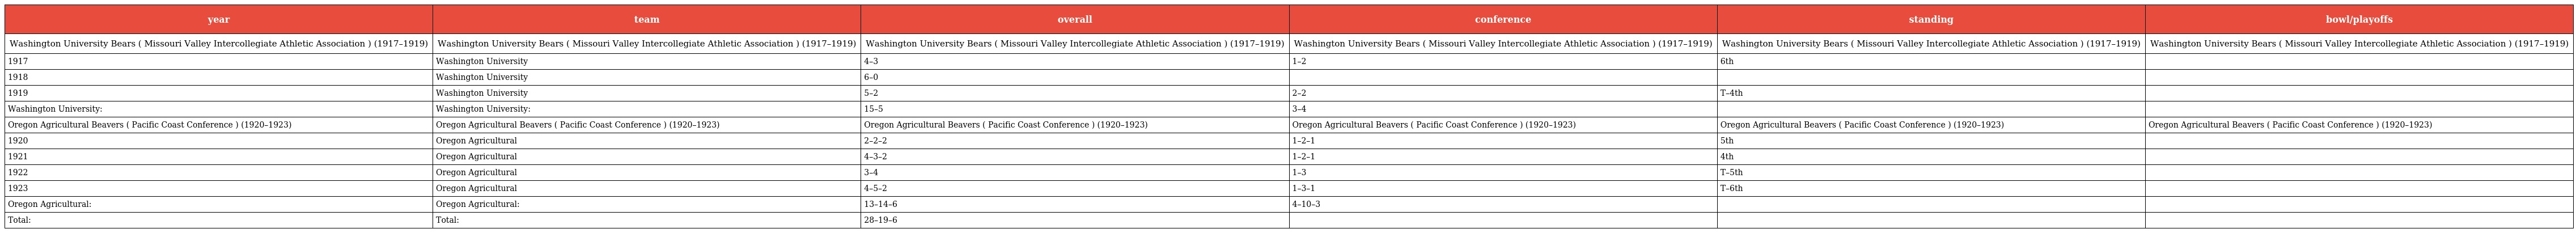
| year | team | overall | conference | standing | bowl/playoffs |
 | --- | --- | --- | --- | --- | --- |
 | Washington University Bears ( Missouri Valley Intercollegiate Athletic Association ) (1917–1919) | Washington University Bears ( Missouri Valley Intercollegiate Athletic Association ) (1917–1919) | Washington University Bears ( Missouri Valley Intercollegiate Athletic Association ) (1917–1919) | Washington University Bears ( Missouri Valley Intercollegiate Athletic Association ) (1917–1919) | Washington University Bears ( Missouri Valley Intercollegiate Athletic Association ) (1917–1919) | Washington University Bears ( Missouri Valley Intercollegiate Athletic Association ) (1917–1919) |
 | 1917 | Washington University | 4–3 | 1–2 | 6th |  |
 | 1918 | Washington University | 6–0 |  |  |  |
 | 1919 | Washington University | 5–2 | 2–2 | T–4th |  |
 | Washington University: | Washington University: | 15–5 | 3–4 |  |  |
 | Oregon Agricultural Beavers ( Pacific Coast Conference ) (1920–1923) | Oregon Agricultural Beavers ( Pacific Coast Conference ) (1920–1923) | Oregon Agricultural Beavers ( Pacific Coast Conference ) (1920–1923) | Oregon Agricultural Beavers ( Pacific Coast Conference ) (1920–1923) | Oregon Agricultural Beavers ( Pacific Coast Conference ) (1920–1923) | Oregon Agricultural Beavers ( Pacific Coast Conference ) (1920–1923) |
 | 1920 | Oregon Agricultural | 2–2–2 | 1–2–1 | 5th |  |
 | 1921 | Oregon Agricultural | 4–3–2 | 1–2–1 | 4th |  |
 | 1922 | Oregon Agricultural | 3–4 | 1–3 | T–5th |  |
 | 1923 | Oregon Agricultural | 4–5–2 | 1–3–1 | T–6th |  |
 | Oregon Agricultural: | Oregon Agricultural: | 13–14–6 | 4–10–3 |  |  |
 | Total: | Total: | 28–19–6 |  |  |  |